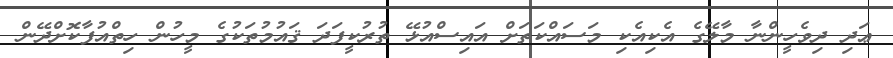
ޢަދި ދިވެހީންނާ މާލޭގެ އެކިއެކި މަސައްކަތަށް އައިސްއުޅޭ ތުރުކީފަދަ ޤައުމުތަކުގެ މީހުން ހިތްއުފާކޮށްދޭން